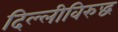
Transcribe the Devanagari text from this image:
दिल्लीविरुद्ध